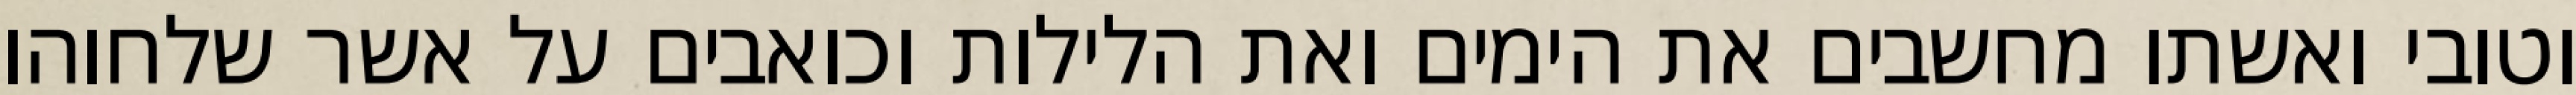
וטובי ואשתו מחשבים את הימים ואת הלילות וכואבים על אשר שלחוהו